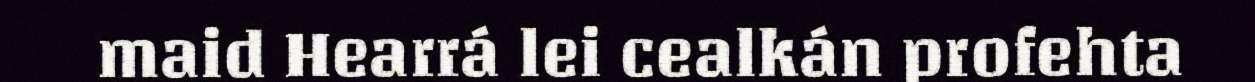
maid Hearrá lei cealkán profehta